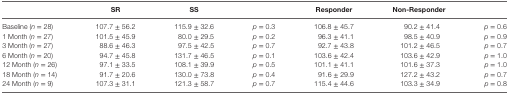
<table><thead><tr><td>[EMPTY_CELL]</td><td><b>SR</b></td><td><b>SS</b></td><td>[EMPTY_CELL]</td><td><b>Responder</b></td><td><b>Non-Responder</b></td><td>[EMPTY_CELL]</td></tr></thead><tbody><tr><td>Baseline (<i>n</i> = 28)</td><td>107.7 ± 56.2</td><td>115.9 ± 32.6</td><td><i>p</i> = 0.3</td><td>106.8 ± 45.7</td><td>90.2 ± 41.4</td><td><i>p</i> = 0.6</td></tr><tr><td>1 Month (<i>n</i> = 27)</td><td>101.5 ± 45.9</td><td>80.0 ± 29.5</td><td><i>p</i> = 0.2</td><td>96.3 ± 41.1</td><td>98.5 ± 40.9</td><td><i>p</i> = 0.9</td></tr><tr><td>3 Month (<i>n</i> = 27)</td><td>88.6 ± 46.3</td><td>97.5 ± 42.5</td><td><i>p</i> = 0.7</td><td>92.7 ± 43.8</td><td>101.2 ± 46.5</td><td><i>p</i> = 0.7</td></tr><tr><td>6 Month (<i>n</i> = 20)</td><td>94.7 ± 45.8</td><td>131.7 ± 46.5</td><td><i>p</i> = 0.1</td><td>103.6 ± 42.4</td><td>103.6 ± 42.9</td><td><i>p</i> = 1.0</td></tr><tr><td>12 Month (<i>n</i> = 26)</td><td>97.1 ± 33.5</td><td>108.1 ± 39.9</td><td><i>p</i> = 0.5</td><td>101.1 ± 41.1</td><td>101.6 ± 37.3</td><td><i>p</i> = 1.0</td></tr><tr><td>18 Month (<i>n</i> = 14)</td><td>91.7 ± 20.6</td><td>130.0 ± 73.8</td><td><i>p</i> = 0.4</td><td>91.6 ± 29.9</td><td>127.2 ± 43.2</td><td><i>p</i> = 0.7</td></tr><tr><td>24 Month (<i>n</i> = 9)</td><td>107.3 ± 31.1</td><td>121.3 ± 58.7</td><td><i>p</i> = 0.7</td><td>115.4 ± 44.6</td><td>103.3 ± 34.9</td><td><i>p</i> = 0.8</td></tr></tbody></table>